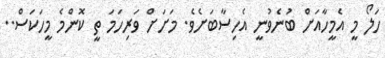
ހަލޯ މީ އެމީހާއަށް ބުނެވުނީ އެހިސާބަށެވެ. މަށަށް ވަރިހަމަ ތީ ކޮންމެ މީހަކަސް..